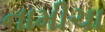
નામીચા